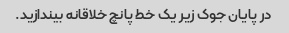
در پایان جوک زیر یک خط پانچ خلاقانه بیندازید.